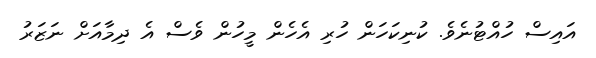
އައިސް ހުއްޓުނެވެ. ކުނިކަހަން ހުރި އެހެން މީހުން ވެސް އެ ދިމާއަށް ނަޒަރު